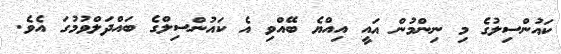
ކައުންސިލުގެ މި ނިންމުން އައީ އިއްޔެ ބޭއްވި އެ ކައުންސިލްގެ ބައްދަލްވުމުގަ އެވެ.